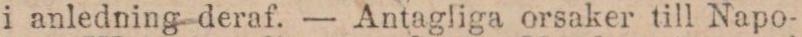
i anledning deraf. — Antagliga orsaker till Napo-